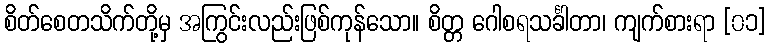
စိတ်စေတသိက်တို့မှ အကြွင်းလည်းဖြစ်ကုန်သော။ စိတ္တ ဂေါစရသင်္ခါတာ၊ ကျက်စားရာ [၀၁]